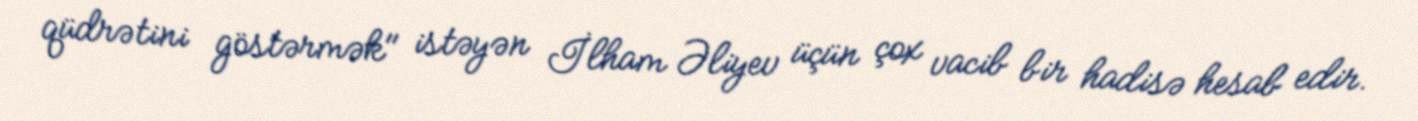
qüdrətini göstərmək" istəyən İlham Əliyev üçün çox vacib bir hadisə hesab edir.